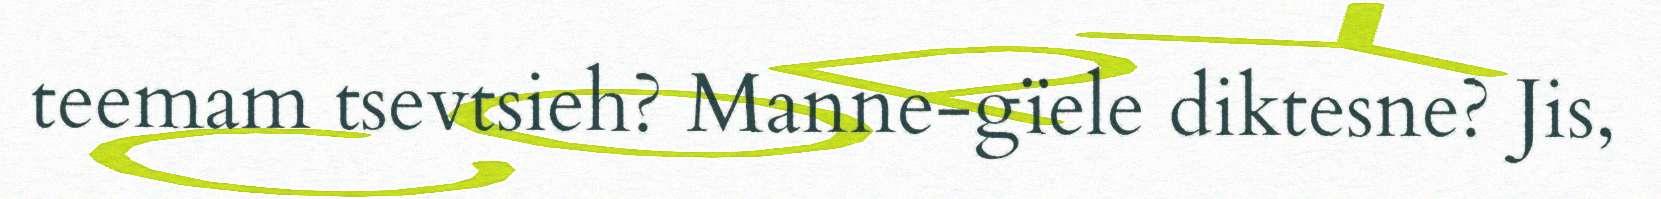
teemam tsevtsieh? Manne-gïele diktesne? Jis,